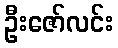
ဦးဇော်လင်း